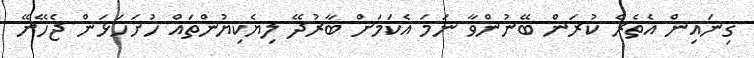
ގިނައިން އެތެރެ ކުރަން ބޭނުންވާ ނަމަ އެކަމަށް ބާރުދޭ ލިޔެކިޔުންތައް ހުށަހަޅަން ޖެހޭނޭ